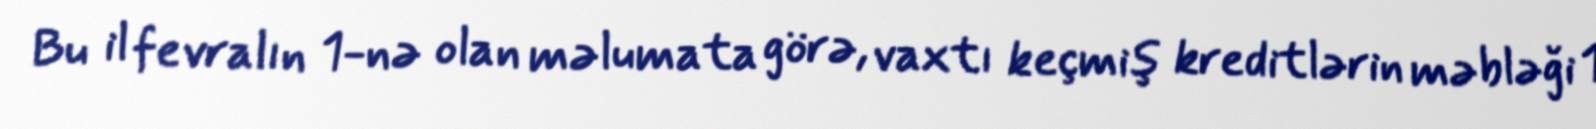
Bu il fevralın 1-nə olan məlumata görə, vaxtı keçmiş kreditlərin məbləği 1